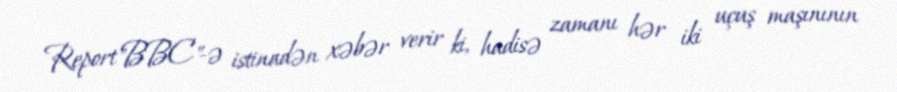
Report"BBC"-ə istinadən xəbər verir ki, hadisə zamanı hər iki uçuş maşınının